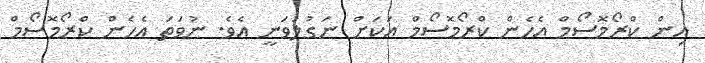
އިން ކްރޯމޮސޯމް އެހެން ކްރޯމޮސޯމް އަކަށް ނަގުލުވަނީ އެވެ. ނުވަތަ އެހެން ކްރޯމޮސޯމް